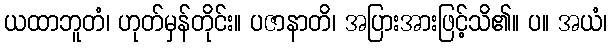
ယထာဘူတံ၊ ဟုတ်မှန်တိုင်း။ ပဇာနာတိ၊ အပြားအားဖြင့်သိ၏။ ပ။ အယံ၊